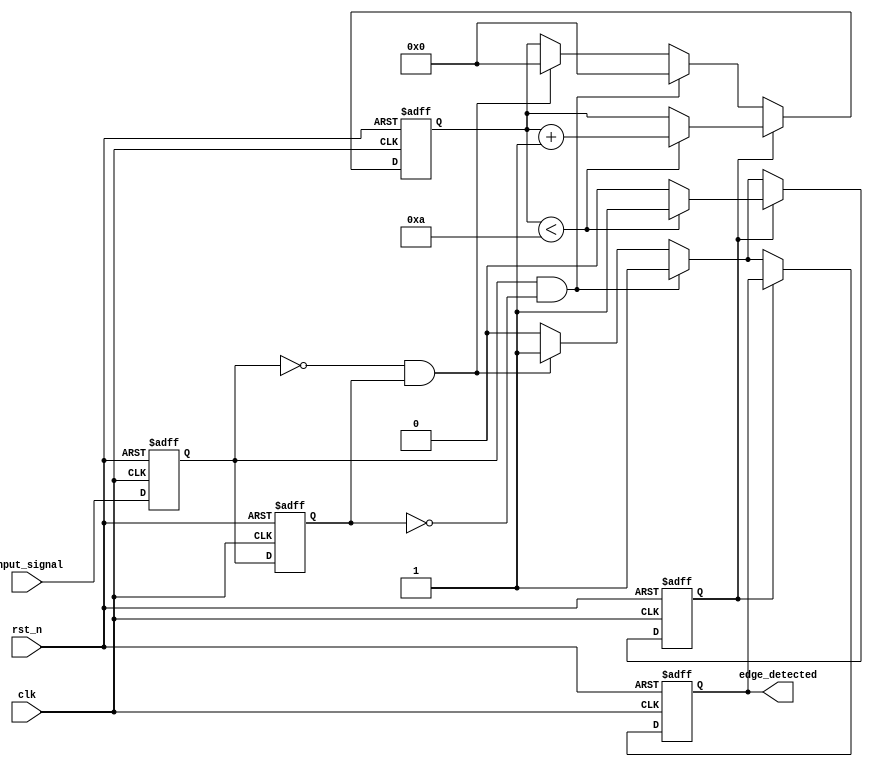
module DebouncedEdgeDetector (
    input wire clk,                  // Clock input
    input wire rst_n,                // Active low reset
    input wire input_signal,         // Noisy input signal
    output reg edge_detected         // Output signal indicating edge detection
);

    reg current_state;               // Current state of the input signal
    reg previous_state;              // Previous state of the input signal
    reg [3:0] debounce_counter;      // Counter for debouncing
    reg debounce_active;             // Flag to indicate if debouncing is active
    
    parameter DEBOUNCE_LIMIT = 4'd10; // Debounce counter limit (adjust as needed)

    // State update on clock edge
    always @(posedge clk or negedge rst_n) begin
        if (!rst_n) begin
            current_state <= 1'b0;
            previous_state <= 1'b0;
            edge_detected <= 1'b0;
            debounce_counter <= 4'd0;
            debounce_active <= 1'b0;
        end else begin
            // Sample the current state
            previous_state <= current_state;
            current_state <= input_signal;

            // Edge detection logic
            if (!debounce_active) begin
                if (current_state && !previous_state) begin
                    // Rising edge detected
                    edge_detected <= 1'b1;
                    debounce_counter <= 4'd0; // Reset debounce counter
                    debounce_active <= 1'b1;   // Start debouncing
                end else if (!current_state && previous_state) begin
                    // Falling edge detected
                    edge_detected <= 1'b1;
                    debounce_counter <= 4'd0; // Reset debounce counter
                    debounce_active <= 1'b1;   // Start debouncing
                end else begin
                    edge_detected <= 1'b0; // No edge detected
                end
            end else begin
                // Debouncing logic
                if (debounce_counter < DEBOUNCE_LIMIT) begin
                    debounce_counter <= debounce_counter + 1'b1; // Increment counter
                end else begin
                    debounce_active <= 1'b0; // End debouncing
                end
            end
        end
    end

endmodule